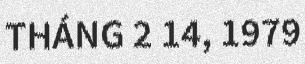
THÁNG 2 14, 1979